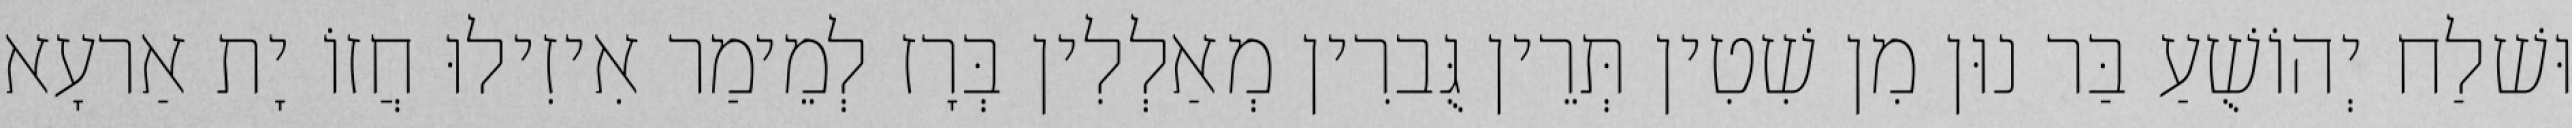
וּשׁלַח יְהוֹשֻׁעַ בַּר נוּן מִן שִׁטִין תְּרֵין גֻּברִין מְאַלְלִין בְּרָז לְמֵימַר אִיזִילוּ חֲזוֹ יָת אַרעָא